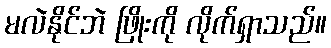
မလဲနိုင်ဘဲ ဖြိုးကို လိုက်ရှာသည်။